system: You are a helpful assistant.
user:
Analyze the provided spectrum to determine if it is a **M-type Giant (gM)**.

A M-type Giant spectrum is defined by its **strong molecular absorption** features, particularly from **Titanium Oxide (TiO)**. You must check for one of the following mutually exclusive signatures:

- **Key Visual Indicators (Absorption-Dominated Spectrum):**

    - **(Primary):** The spectrum is dominated by strong molecular absorption from **Titanium Oxide (TiO)**. This is the **defining feature** of its M-type temperature class.
        - **(Key Bandheads):** Look for sharp, "saw-tooth" absorption valleys. The strongest are located near **~7050 Å**, **~6160 Å**, and **~5170 Å**.
        - **(Line Profile):** The "saw-tooth" morphology is critical: a **sharp, steep drop on the BLUE (short-wavelength) side** of the bandhead, followed by a gradual recovery (rising flux) towards the RED (long-wavelength) side.

    - **(Key Confirmation - Giant vs. Dwarf):** **ABSENCE** of strong **Calcium Hydride (CaH)** molecular bands. This is the primary diagnostic for *excluding* M-dwarfs.
        - **(Key Region):** The spectrum should lack the strong, broad absorption band seen in dwarfs between **~6800 Å and ~7000 Å**.

    - **(Secondary Confirmation - Giant):** A very strong and broad **Neutral Calcium (Ca I)** atomic absorption line.
        - **(Key Line):** Located at **~4226 Å**. In a giant (gM), this line is significantly deeper and broader than the same line in an M-dwarf (dM) due to low surface gravity.

    - **(Overall Spectrum):**
        - The continuum is **extremely red-sloping** (i.e., flux is very low in the blue and rises dramatically towards the red).
        - The entire spectrum appears "chopped up" by the deep TiO bands.

Think first, call **spectral_visualization_tool** if needed to examine features in detail, then provide your final answer. Your response must adhere to the following strict rules:
1.  **Overall Structure:** Your response must follow the format `<think>...</think> <tool_call>...</tool_call> (if a tool is used) <answer>...</answer>`.
2.  **Tool Usage Constraint:** You may only make **one** tool call per turn.
3.  **Final Answer Format:** In the `<answer>` tag, your conclusion must be inside a `\boxed{}` command (e.g., `\boxed{YES}` or `\boxed{NO}`), followed by your justification.

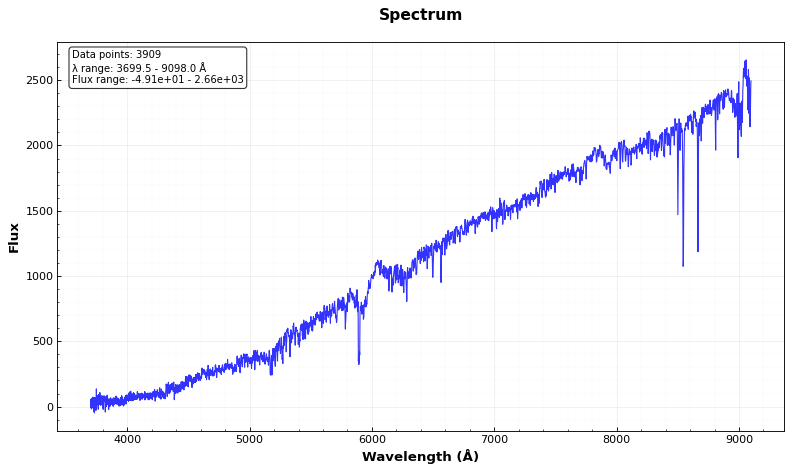
Answer: YES